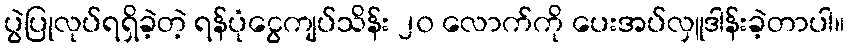
ပွဲပြုလုပ်ရရှိခဲ့တဲ့ ရန်ပုံငွေကျပ်သိန်း ၂၀ လောက်ကို ပေးအပ်လှူဒါန်းခဲ့တာပါ။